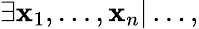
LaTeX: \exists\mathbf{x}_{1},\dots,\mathbf{x}_{n}|\dots,